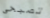
تصبحى